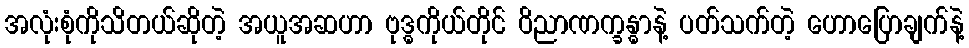
အလုံးစုံကိုသိတယ်ဆိုတဲ့ အယူအဆဟာ ဗုဒ္ဓကိုယ်တိုင် ဝိညာဏက္ခန္ဓာနဲ့ ပတ်သက်တဲ့ ဟောပြောချက်နဲ့